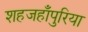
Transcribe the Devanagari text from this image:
शहजहाँपुरिया